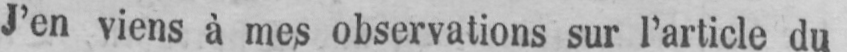
J’en viens à mes observations sur l’article du